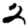
Digit: 2